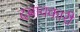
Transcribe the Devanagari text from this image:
दबावकारी